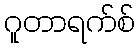
ဂူတာရက်စ်